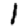
Digit: 1